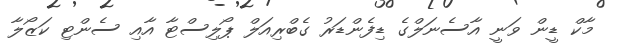
މާކް ޑީން ވަނީ އާސެނަލްގެ ޑިފެންޑަރު ގެބްރިއަލް ޕޯލިސްޓާ އާއި ސެންޓި ކަޒޯލާ